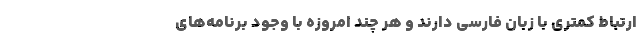
ارتباط کمتری با زبان فارسی دارند و هر چند امروزه با وجود برنامه‌های